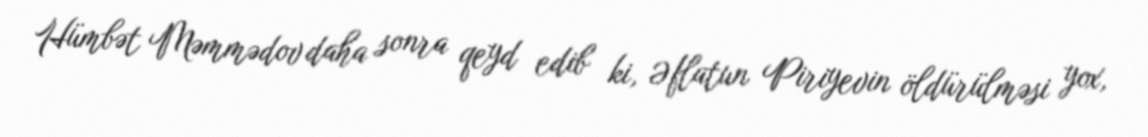
Hümbət Məmmədov daha sonra qeyd edib ki, Əflatun Piriyevin öldürülməsi yox,